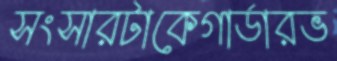
সংসারটাকেগার্ডারভ